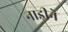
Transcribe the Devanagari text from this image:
नाडीने